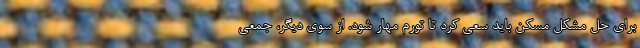
برای حل مشکل مسکن باید سعی کرد تا تورم مهار شود. از سوی دیگر، جمعی